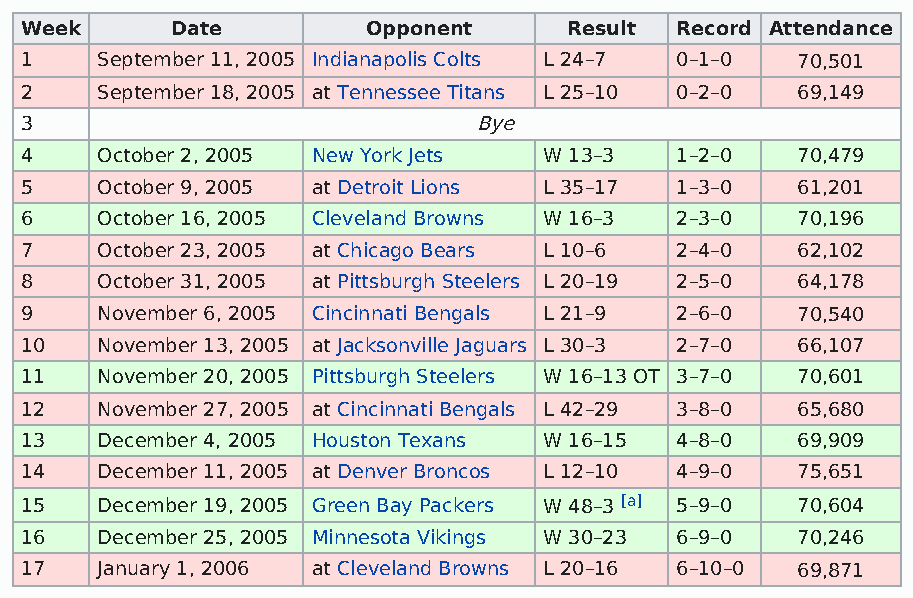
Week      Date         Opponent      Result Record Attendance
 1    September 11, 2005 Indianapolis Colts L 24–7 0–1–0 70,501
 2    September 18, 2005 at Tennessee Titans L 25–10 0–2–0 69,149
 3                             Bye
 4    October 2, 2005 New York Jets W 13–3   1–2–0   70,479
 5    October 9, 2005 at Detroit Lions L 35–17 1–3–0 61,201
 6    October 16, 2005 Cleveland Browns W 16–3 2–3–0 70,196
 7    October 23, 2005 at Chicago Bears L 10–6 2–4–0 62,102
 8    October 31, 2005 at Pittsburgh Steelers L 20–19 2–5–0 64,178
 9    November 6, 2005 Cincinnati Bengals L 21–9 2–6–0 70,540
 10   November 13, 2005 at Jacksonville Jaguars L 30–3 2–7–0 66,107
 11   November 20, 2005 Pittsburgh Steelers W 16–13 OT 3–7–0 70,601
 12   November 27, 2005 at Cincinnati Bengals L 42–29 3–8–0 65,680
 13   December 4, 2005 Houston Texans W 16–15 4–8–0  69,909
 14   December 11, 2005 at Denver Broncos L 12–10 4–9–0 75,651
 15   December 19, 2005 Green Bay Packers W 48–3 [a] 5–9–0 70,604
 16   December 25, 2005 Minnesota Vikings W 30–23 6–9–0 70,246
 17   January 1, 2006 at Cleveland Browns L 20–16 6–10–0 69,871